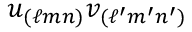
u _ { ( \ell m n ) } v _ { ( \ell ^ { \prime } m ^ { \prime } n ^ { \prime } ) }